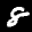
Label: 8